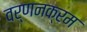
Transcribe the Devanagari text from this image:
वर्णनक्रम